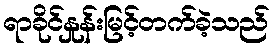
ရာခိုင်နှုန်းမြင့်တက်ခဲ့သည်